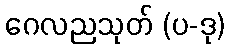
ဂေလညသုတ် (ပ-ဒု)